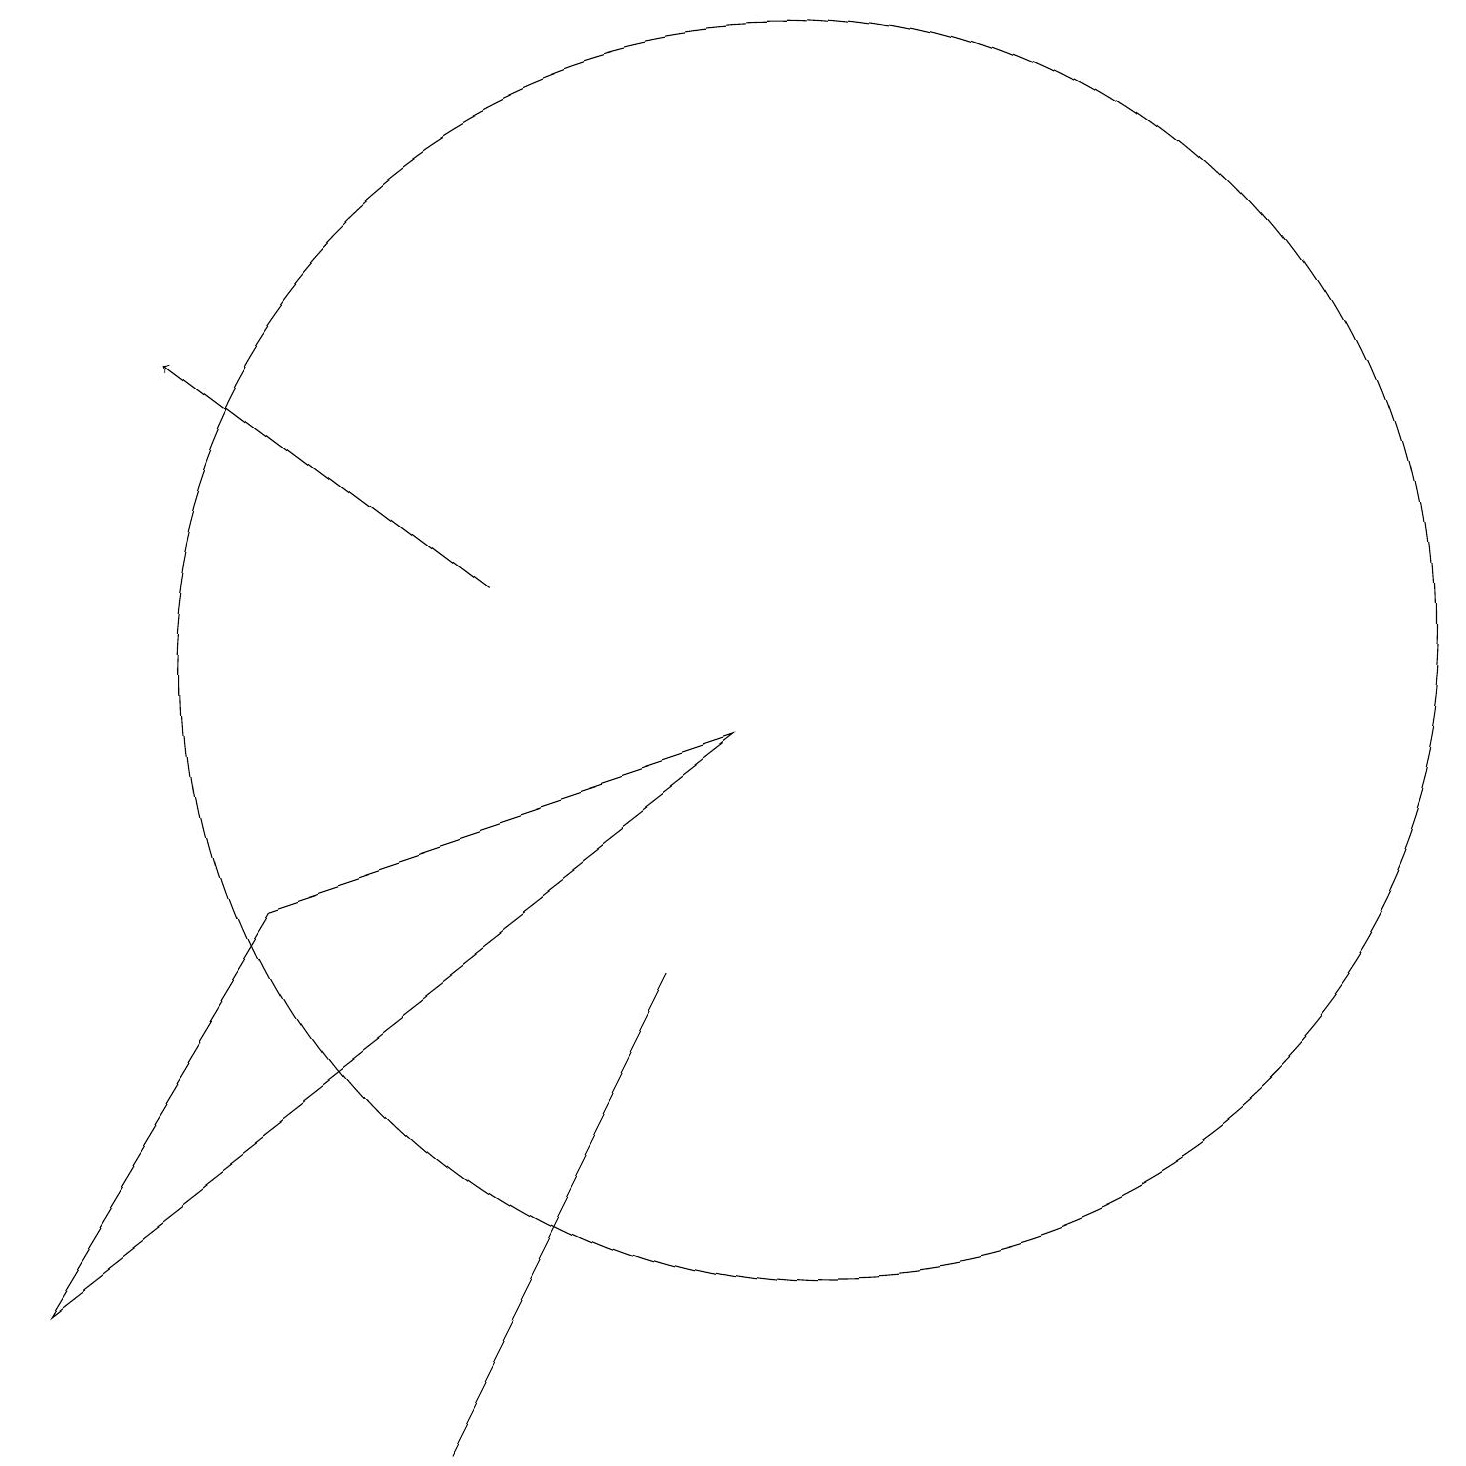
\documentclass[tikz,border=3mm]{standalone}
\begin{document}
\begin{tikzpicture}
\draw (10,10) circle (8);
\draw (8,6) -- (8,6) -- (5,0) -- cycle;
\draw[->] (6,11) -- (2,14);
\draw (9,9) -- (0,2) -- (3,7) -- cycle;
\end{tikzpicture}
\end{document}